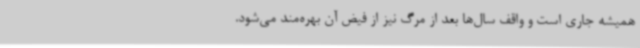
همیشه جاری است و واقف سال‌ها بعد از مرگ نیز از فیض آن بهره‌مند می‌شود.